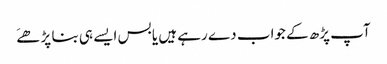
آپ پڑھ کے جواب دے رہے ہیں یا بس ایسے ہی بنا پڑھےَ